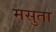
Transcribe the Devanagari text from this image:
मसुता